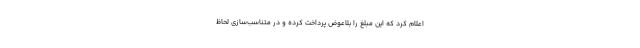
اعلام کرد که این مبلغ را بلاعوض پرداخت کرده و در متناسب‌سازی لحاظ